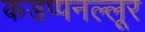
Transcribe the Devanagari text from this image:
कडप्पनल्लूर